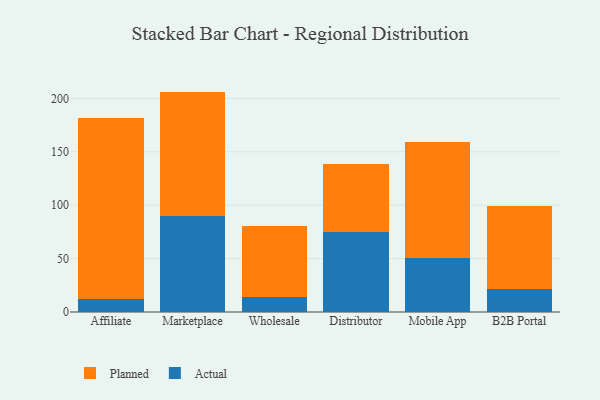
{"axis": {"x": "Channel", "y": "Tickets Resolved"}, "legend": ["Actual", "Planned"], "data": [{"x": "Affiliate", "y": 12.6, "type": "Actual"}, {"x": "Affiliate", "y": 168.7, "type": "Planned"}, {"x": "Marketplace", "y": 89.7, "type": "Actual"}, {"x": "Marketplace", "y": 116.6, "type": "Planned"}, {"x": "Wholesale", "y": 13.7, "type": "Actual"}, {"x": "Wholesale", "y": 66.7, "type": "Planned"}, {"x": "Distributor", "y": 75.2, "type": "Actual"}, {"x": "Distributor", "y": 63.3, "type": "Planned"}, {"x": "Mobile App", "y": 51.0, "type": "Actual"}, {"x": "Mobile App", "y": 108.3, "type": "Planned"}, {"x": "B2B Portal", "y": 21.6, "type": "Actual"}, {"x": "B2B Portal", "y": 77.8, "type": "Planned"}]}